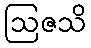
ဩဇသိ